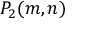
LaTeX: P _ { 2 } ( m , n )